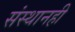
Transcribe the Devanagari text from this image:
संस्थानही